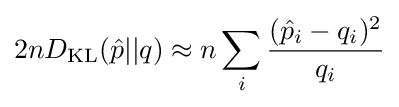
2nD_{\text{KL}}({\hat {p}}\vert \vert q)\approx n\sum _{i}{\frac {({\hat {p}}_{i}-q_{i})^{2}}{q_{i}}}